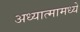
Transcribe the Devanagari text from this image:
अध्यात्मामध्ये